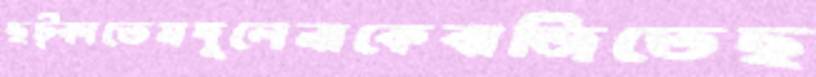
ছট্‌কাতেমদুলেনাকেবাজিতেছ